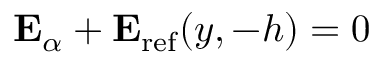
\mathbf { E } _ { \alpha } + \mathbf { E } _ { \mathrm { r e f } } ( y , - h ) = 0